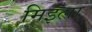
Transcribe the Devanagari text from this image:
मिइला